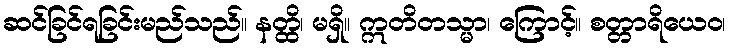
ဆင်ခြင်ရခြင်းမည်သည်။ နတ္ထိ၊ မရှိ။ ဣတိတသ္မာ၊ ကြောင့်။ စတ္တာရိယေဝ၊